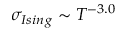
\sigma _ { I s i n g } \sim T ^ { - 3 . 0 }